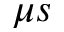
\mu s